Tezpur Lunatic Asylum reports 1877-1894 - 1877-1894
Year: 1877
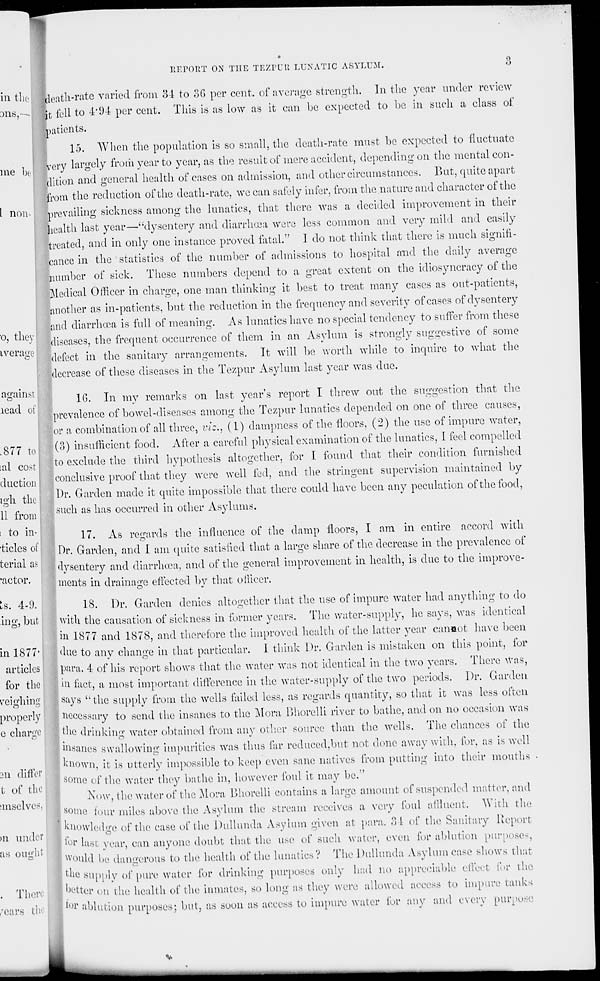
UErORT ON THE TEZPUll LUNATIC ASYLUM.
ideatli-rate varied from 3d to 3G per cent, of average strength. In the year under review
it fell to 4"9-i per cent. This is as low as it can be eNpccted to be in such a class of
patients.
15. When the population is so small, the death-rate must be eNpccted to fluctuate
fvcry largely froth year to year, as the result of mere accident, depending on the mental con-
dition and general health of cases on admission, and other circumstances. But, quite apart
from the reduction of the death-rate, we can safely infer, from the nature and character of the
prevailing sickness among the lunatics, that there was a decided improvement in their
health last year—"dysentery and diarrhoea were less common and very mild and easily
treated, and in only one instance proved fatal." I do not think that there is much signifi-
cance in the statistics of the number of admissions to hospital and the daily average
number of sick. These numbers depend to a great extent on the idiosyncracy of the
Medical Officer in charge, one man thinking it best to treat many cases as out-patients,
[another as in-patients, but the reduction in the frequency and severity of cases of dysentery
and diarrhoea is full of meaning. As lunatics have no special tendency to suffer from these
diseases, the frequent occurrence of them in an Asylum is strongly suggestive of some
defect in the sanitary arrangements. It will be worth while to inquire to what the
decrease of these diseases in the Tezpur Asylum last year was due.
16. In my remarks on last years report I threw out the suggestion that the
prevalence of bowel-diseases among the Tezpur lunatics depended on one of three causes,
or a combination of all three, viz., (1) dampness of the floors, (2) the use of impure water,
(3) insufficient food. After a careful physical examination of the lunatics, I feel compelled
to exclude the third hypothesis altogether, for I found that their condition furnished
■ conclusive proof that they were well fed, and the stringent supervision maintained by
Dr. Garden made it quite impossible that there could have been any peculation of the food,
such as has occurred in other Asylums.
17. As regards the influence of the damp floors, I am in entire accord with
Dr. Garden, and I am quite satisfied that a large share of the decrease in the prevalence of
dysenteiy and diarrhoea, and of the general improvement in health, is due to the improve-
ments in drainage effected by that officer.
18. Dr. Garden denies altogether that the use of impure water had anything to do
with the causation of sickness in former years. The water-supply, he says, was identical
in 1877 and 1878, and therefore the improved health of the latter year canaot have been
due to any change in that particular. I think Dr. Garden is mistaken on this point, for
para. 4 of his report shows that the water was not identical in the two years. There Was,
. • m tact, a most important difference in the water-supply of the two periods. Dr. Garden
| ; says "the supply from the wells failed less, as regards quantity, so that it was less often
■ necessary to send the insanes to the Mora Bhorelli river to bathe, and on no occasion was
the drinking water obtained from any other source than the wells. The chances of the
uisanes swallowing impurities was thus far reduced,but not done away with, for, as is well
Known, it is utterly impossible to keep even sane natives from putting into their mouths
some of the water they bathe in, however foul it may be."
Now, the water of the Mora Bhorelli contains a large amount of suspended matter, and
I some four miles above the Asylum the stream receives a very foul allluent. With the
X Knowledge of the case of the Dullunda Asylum given at para. 31 of the Sanitary Report
Ilor last year, can anyone doubt that the use of such water, even for ablution purposes,
' Would lie dangerous to the health of the lunatics? The Dullunda Asylum case shows that
the supply of pure water for drinking purposes only bad no appreciable effect for the
better on the health of the inmates, so long as they were allowed access to impure tanks
tor ablution purposes; but, as soon as access to impure water for any and every purpose